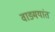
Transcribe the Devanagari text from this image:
वाङ्मयांत